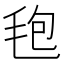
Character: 𣭚